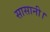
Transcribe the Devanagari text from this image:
सासानी।